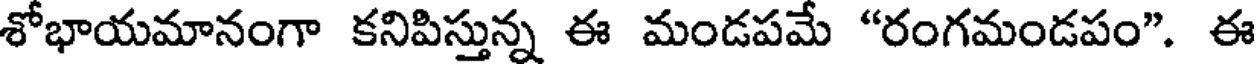
శోభాయమానంగా కనిపిస్తున్న ఈ మండపమే "రంగమండపం". ఈ